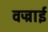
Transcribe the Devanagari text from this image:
वज्राई